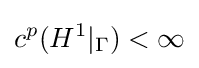
c^{p}(H^{1}|_{\Gamma })<\infty